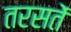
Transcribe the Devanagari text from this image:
तरसतें